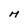
Character: M